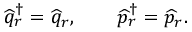
\widehat q _ { r } ^ { \dagger } = \widehat q _ { r } , \qquad \widehat p _ { r } ^ { \dagger } = \widehat p _ { r } .